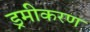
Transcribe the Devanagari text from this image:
ड्रमीकरण